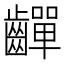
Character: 𪙣